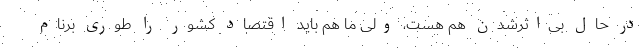
در حال بی‌اثرشدن هم هست، ولی ما هم باید اقتصاد کشور را طوری برنام